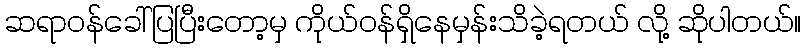
ဆရာဝန်ခေါ်ပြပြီးတော့မှ ကိုယ်ဝန်ရှိနေမှန်းသိခဲ့ရတယ် လို့ ဆိုပါတယ်။